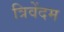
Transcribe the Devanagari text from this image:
त्रिवेंदम